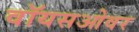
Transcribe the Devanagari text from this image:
वॉयसओवर